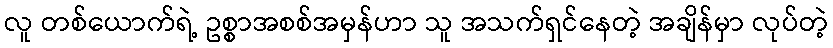
လူ တစ်ယောက်ရဲ့ ဥစ္စာအစစ်အမှန်ဟာ သူ အသက်ရှင်နေတဲ့ အချိန်မှာ လုပ်တဲ့